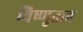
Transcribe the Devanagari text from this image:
विष्णुतत्त्व